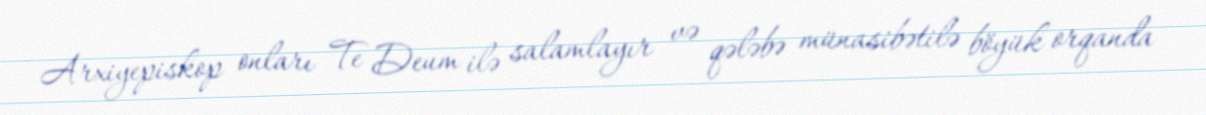
Arxiyepiskop onları Te Deum ilə salamlayır və qələbə münasibətilə böyük orqanda